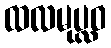
ထလမုပ္လဝ